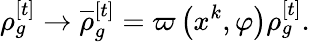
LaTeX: \rho_{g}^{[t]}\rightarrow\overline{{{\rho}}}_{g}^{[t]}=\varpi\left(x^{k},\varphi\right)\rho_{g}^{[t]}.